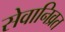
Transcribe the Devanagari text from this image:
सेवानिव्रत